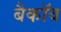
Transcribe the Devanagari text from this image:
बैकॉव